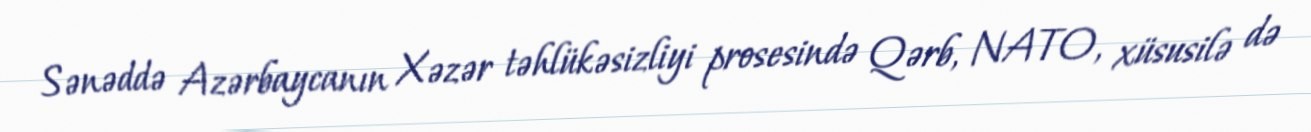
Sənəddə Azərbaycanın Xəzər təhlükəsizliyi prosesində Qərb, NATO, xüsusilə də